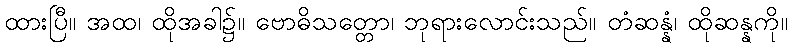
ထားပြီ။ အထ၊ ထိုအခါ၌။ ဗောဓိသတ္တော၊ ဘုရားလောင်းသည်။ တံဆန္နံ၊ ထိုဆန္နကို။